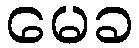
မေခ